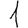
Digit: 1